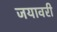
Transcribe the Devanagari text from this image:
जयावरी